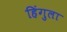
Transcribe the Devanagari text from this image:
हिंगुला